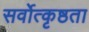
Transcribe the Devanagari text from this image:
सर्वोत्कृष्ठता